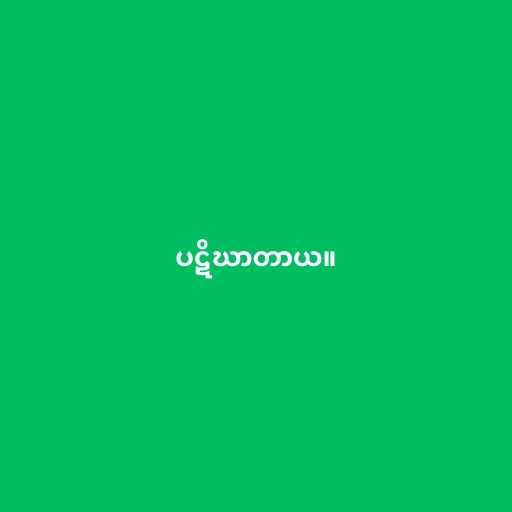
ပဋိဃာတာယ။